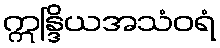
ဣန္ဒြိယအသံဝရံ